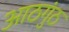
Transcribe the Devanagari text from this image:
आठगुंठ